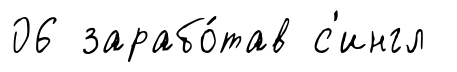
06 зарабо́тав с'ингл